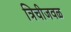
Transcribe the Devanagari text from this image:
त्रिचीजवळ